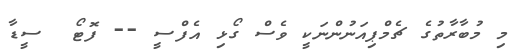
މި މުބާރާތުގެ ޗެމްޕިއަނުންނަކީ ވެސް ގޯޅި އެފްސީ -- ފޮޓޯ  ސީޑާ